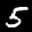
Label: 5